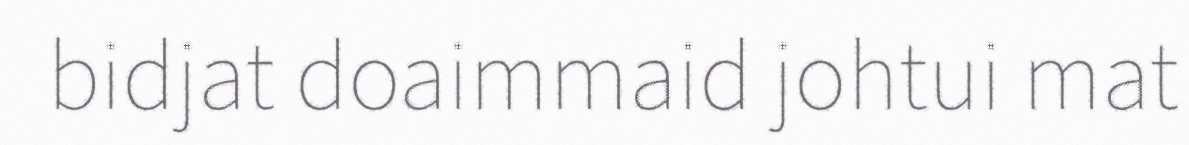
bidjat doaimmaid johtui mat